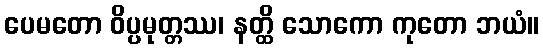
ပေမတော ဝိပ္ပမုတ္တဿ၊ နတ္ထိ သောကော ကုတော ဘယံ။